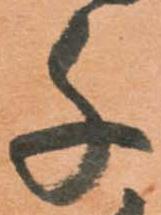
千